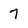
Character: 7